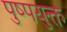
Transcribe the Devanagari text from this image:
पुष्पयुक्त